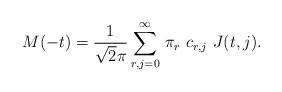
LaTeX: \begin{align*}M(-t)=\frac{1}{\sqrt 2\pi}\sum_{r,j=0}^\infty \,\pi_r\,\,c_{r,j}\,\,J(t,j).\end{align*}